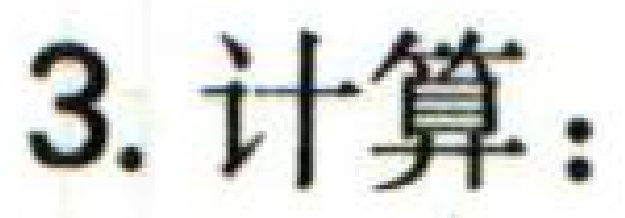
3. 计算：